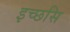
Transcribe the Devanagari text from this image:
इच्छसि